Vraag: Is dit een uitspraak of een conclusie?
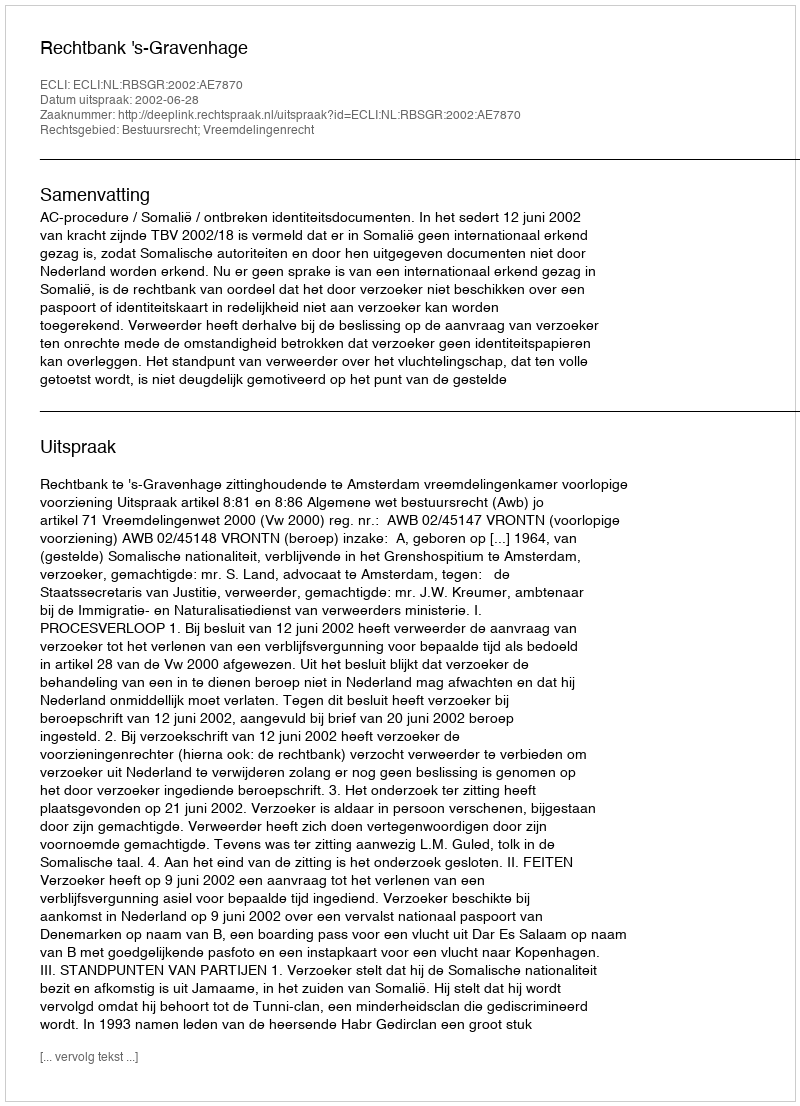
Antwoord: Uitspraak